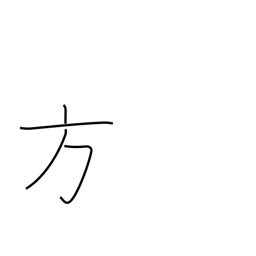
Meaning: alternative